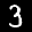
Label: 3